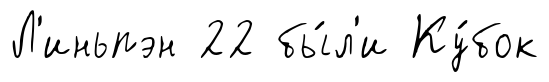
Л'иньпэн 22 бы́л'и Ку́бок